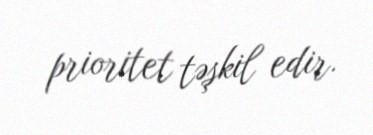
prioritet təşkil edir.